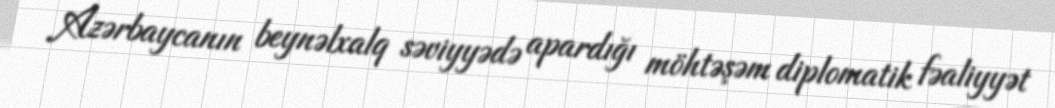
Azərbaycanın beynəlxalq səviyyədə apardığı möhtəşəm diplomatik fəaliyyət